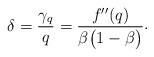
LaTeX: \begin{align*} \delta={\frac{\gamma_{q}} {\,q\,}} = {\frac{f''(q)} {\beta\bigl(1-\beta\bigr)}} \raise 1.5pt\hbox{.}\end{align*}